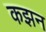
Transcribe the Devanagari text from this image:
कझन